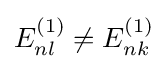
E_{nl}^{(1)}\neq E_{nk}^{(1)}